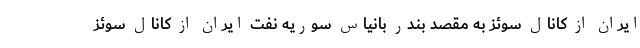
ایران از کانال سوئز به مقصد بندر بانیاس سوریه نفت ایران از کانال سوئز